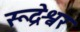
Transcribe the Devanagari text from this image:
रूद्रेश्वर